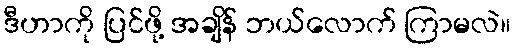
ဒီဟာကို ပြင်ဖို့ အချိန် ဘယ်လောက် ကြာမလဲ။